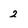
Character: 2